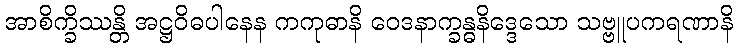
အာစိက္ခိဿန္တိ အဋ္ဌဝိဓပါနေန ကကုဓာနိ ဝေဒနာက္ခန္ဓနိဒ္ဒေသော သဗ္ဗူပကရဏာနိ